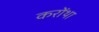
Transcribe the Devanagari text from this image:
करोंथा